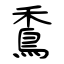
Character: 穒